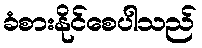
ခံစားနိုင်စေပါသည်